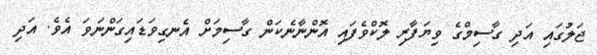
ޖަލުގައި އަދި ގާސިމްގެ ވިޔަފާރި ލޮކްވެފައި އޮންނާނެކަން ގާސިމަށް އެނގިވަޑައިގަންނަވަ އެވެ. އަދި